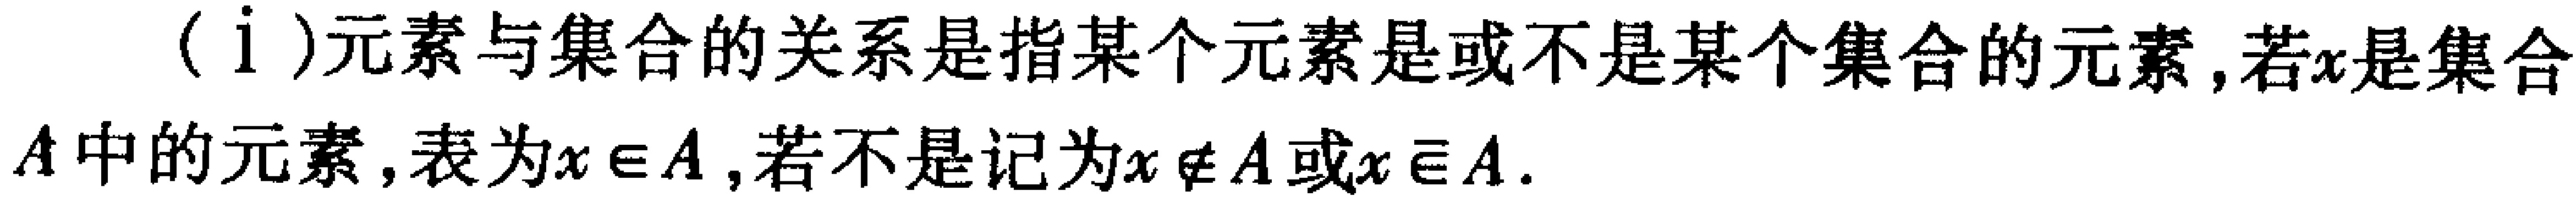
（i）元素与集合的关系是指某个元素是或不是某个集合的元素,若\(x\)是集合\(A\)中的元素,表为\(x\in A\),若不是记为\(x\notin A\)或\(x\overline{\in}A\).